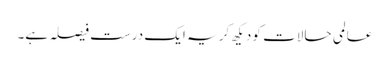
عالمی حالات کو دیکھ کر یہ ایک درست فیصلہ ہے۔